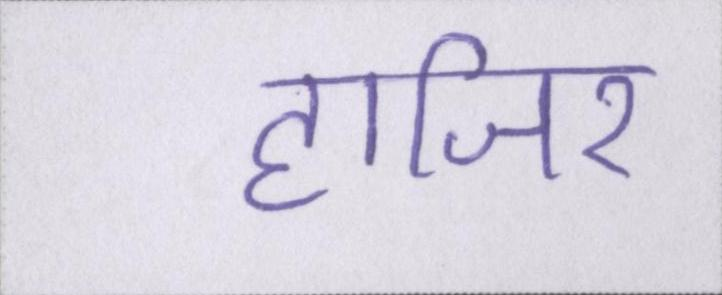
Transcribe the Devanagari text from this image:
हाजिर